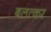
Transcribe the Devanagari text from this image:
बलत्कर